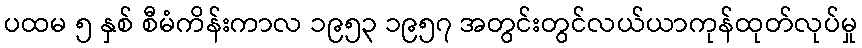
ပထမ ၅ နှစ် စီမံကိန်းကာလ ၁၉၅၃ ၁၉၅၇ အတွင်းတွင်လယ်ယာကုန်ထုတ်လုပ်မှု